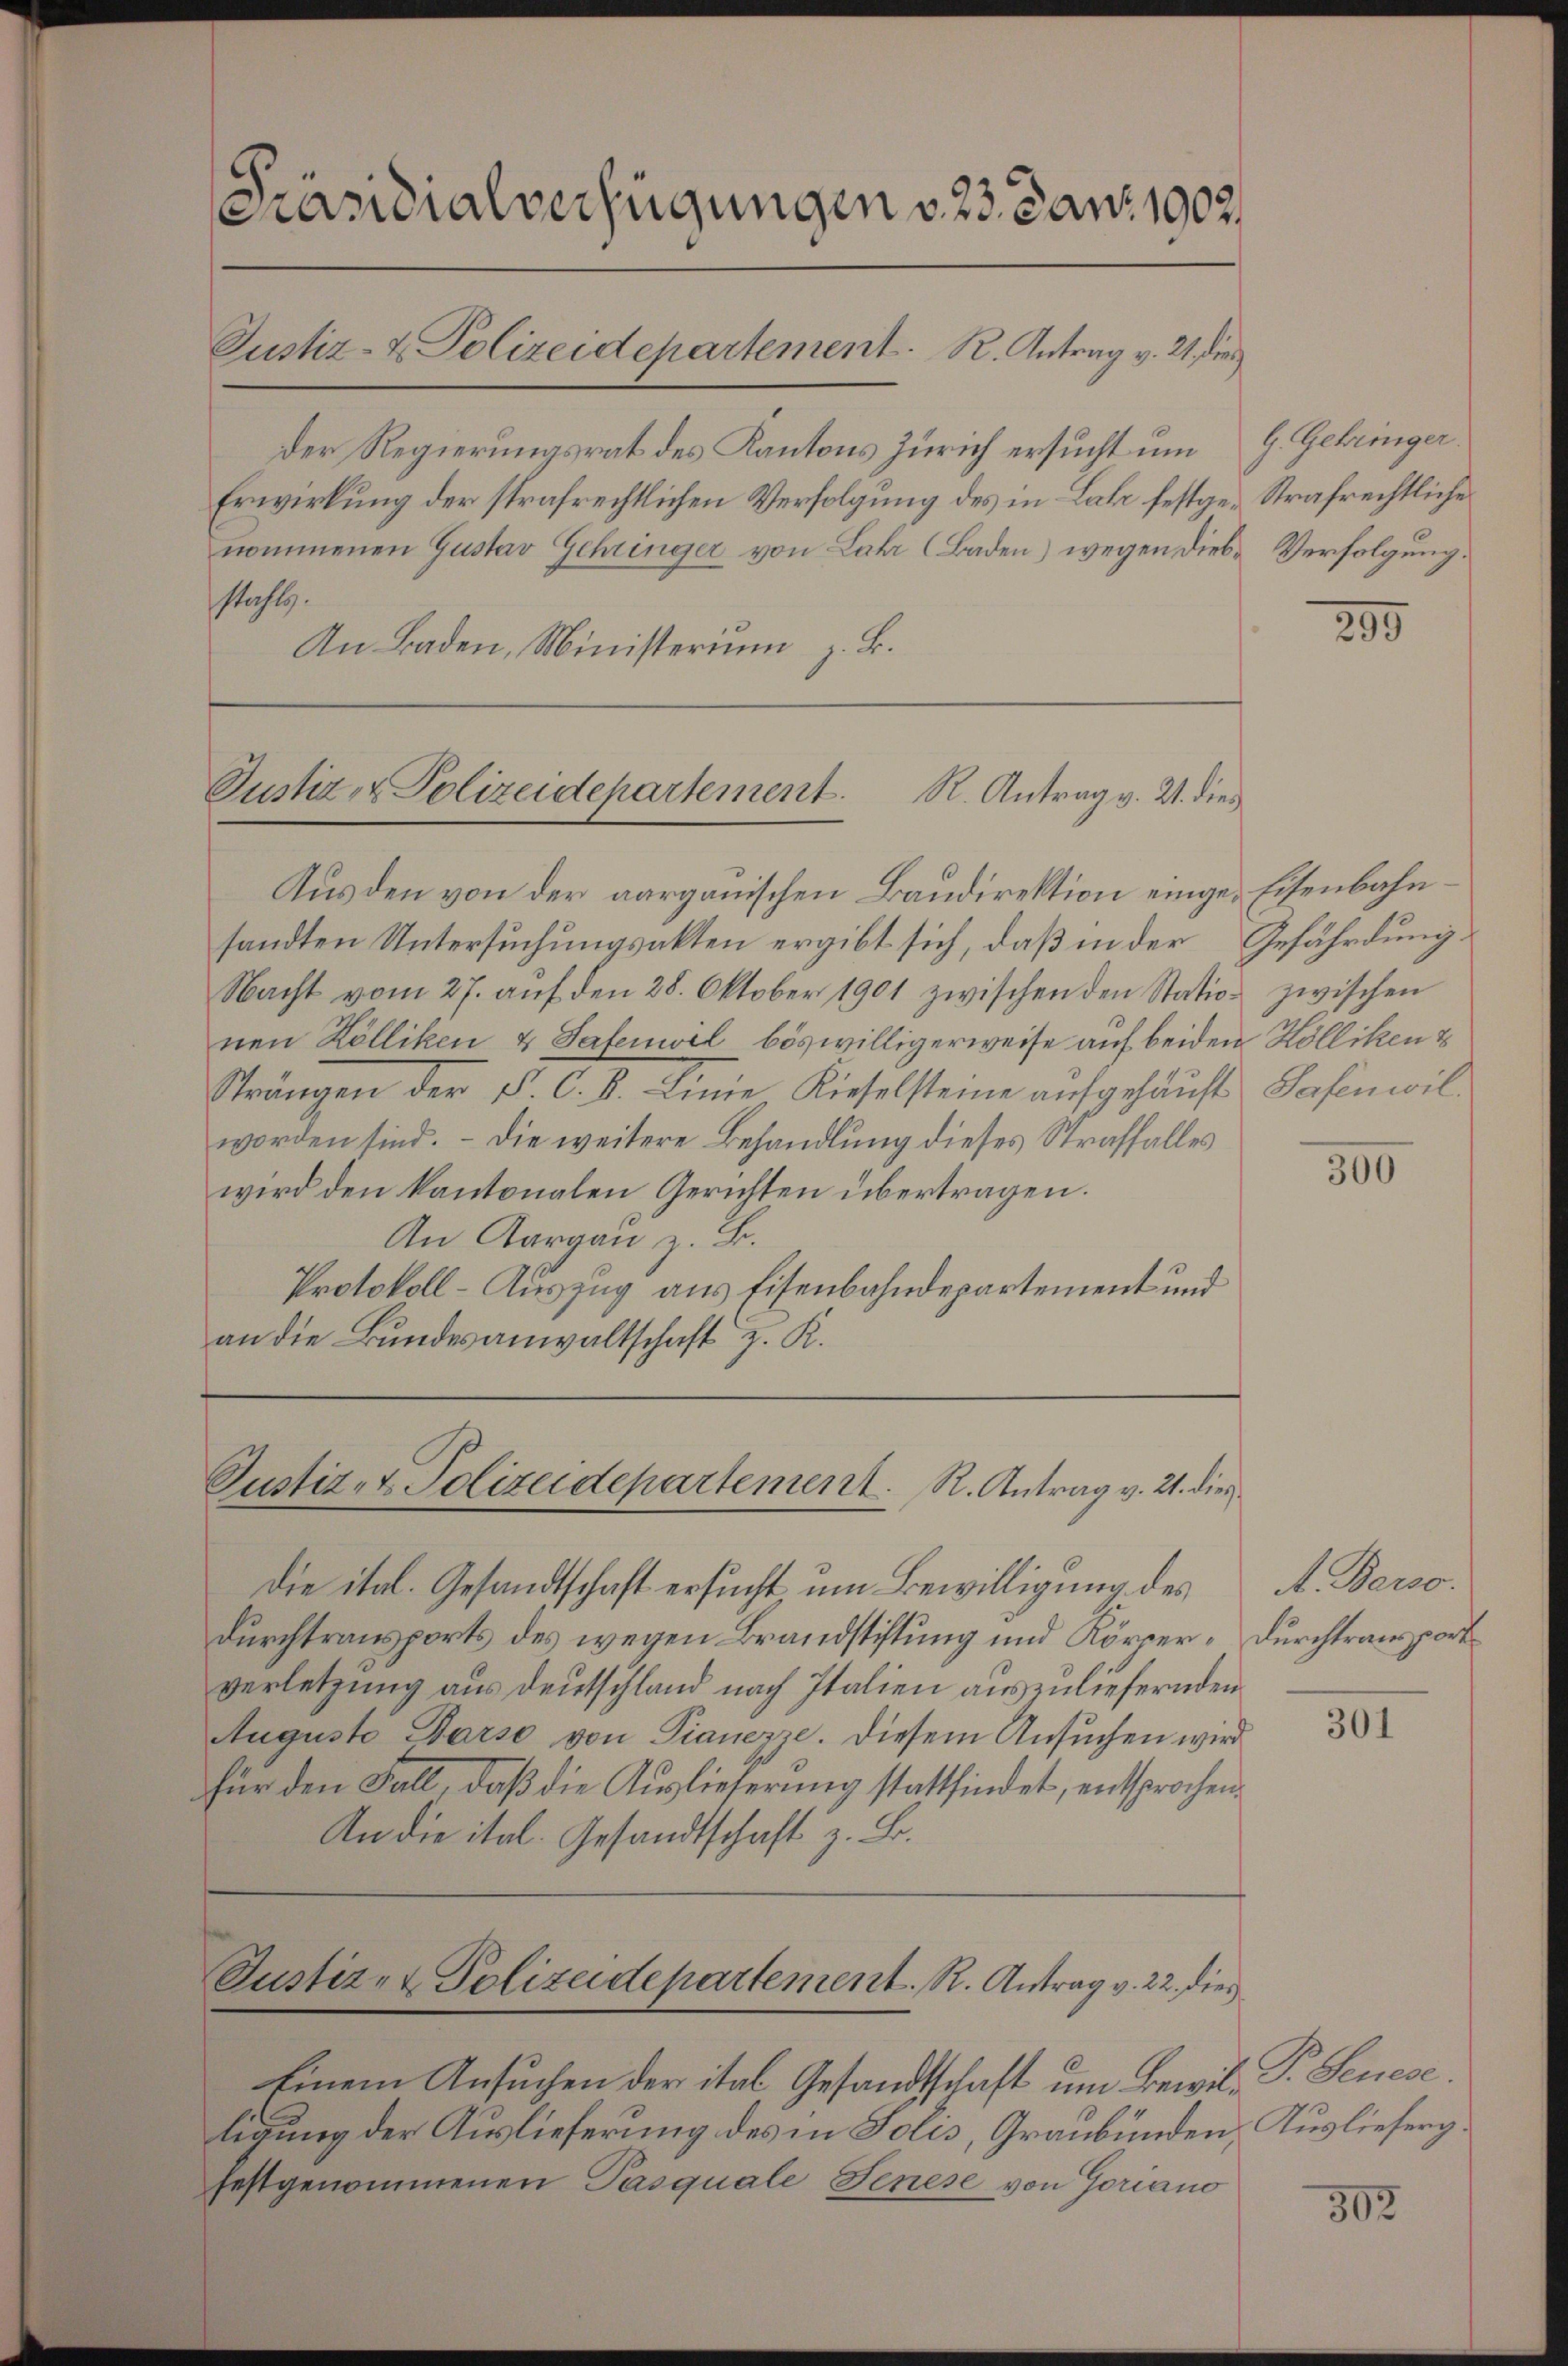
stacht.
An Baden, Ministerium z. B.

Präsidialverfügungen v. 23. Jan. 1902.
Justiz- & Polizeidepartement. R. Antrag v. 21. dies
Der Regierungsrat des Kantons Zürich ersucht um
Erwirkung der strafrechtlichen Verfolgung des in Lahr festge-Strafrechtliche
nommenen Gustav Gehringer von Lahr (Baden) wegen diese Verfolgung.

Justiz- & Polizeidepartement. R. Antrag v. 21. dies

Aus den von der aargauischen Baudirektion einges Eisenbahnsandten Untersuchungsakten ergibt sich, daß in der Gefährdung
Nacht vom 27. aŭf den 28. Oktober 1901 zwischen den Station zwischen
nen Kölliken & Safenwel böswilligerweise auf beiden Kölliken &
Strängen der P. C. K. Linie Kieselsteine aufgehäuft Safinwil
worden sind. – Die weitere Behandlung dieses Straffalles
wird den kantonalen Gerichten übertragen.
An Aargau z. B.
Protokoll-Auszug aus Eisenbahndepartement und
an die Bundesanwaltschaft z. K.

Justiz- & Polizeidepartement. R. Antrag v. 21. dies

die ital. Gesandtschaft ersucht um Bewilligung des
Durchtransports des wegen Brandstiftung und Körper-Durchtransport
verletzung aus Deutschland nach Italien auszuliefernden
Auguste Darst von Pianezze. Diesem Ansuchen wird
für den Fall, daβ die Auslieferung stattfindet, entsprochen.
An die ital. Gesandtschaft z. B.

Justiz- & Polizeidepartement. R. Antrag v. 22. dies

Einem Ansuchen der ital Gesandtschaft um Bewil- P. Seniese
ligung der Auslieferung des in Folis, Graubünden, Auslieferg.
festgenommenen Pasquale Jenese von Goriano

G. Gehringer.

299

300

A. Berso

301

302